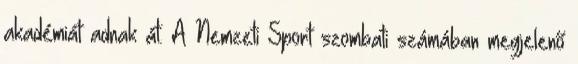
akadémiát adnak át. A Nemzeti Sport szombati számában megjelenő